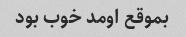
بموقع اومد خوب بود